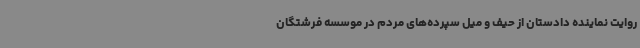
روایت نماینده دادستان از حیف و میل سپرده‌های مردم در موسسه فرشتگان